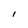
Character: I